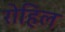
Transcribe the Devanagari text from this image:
रोहिल